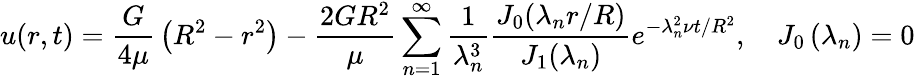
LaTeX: u(r,t)={\frac{G}{4\mu}}\left(R^{2}-r^{2}\right)-{\frac{2GR^{2}}{\mu}}\sum_{n=1}^{\infty}{\frac{1}{\lambda_{n}^{3}}}{\frac{J_{0}(\lambda_{n}r/R)}{J_{1}(\lambda_{n})}}e^{-\lambda_{n}^{2}\nu t/R^{2}},\quad J_{0}\left(\lambda_{n}\right)=0